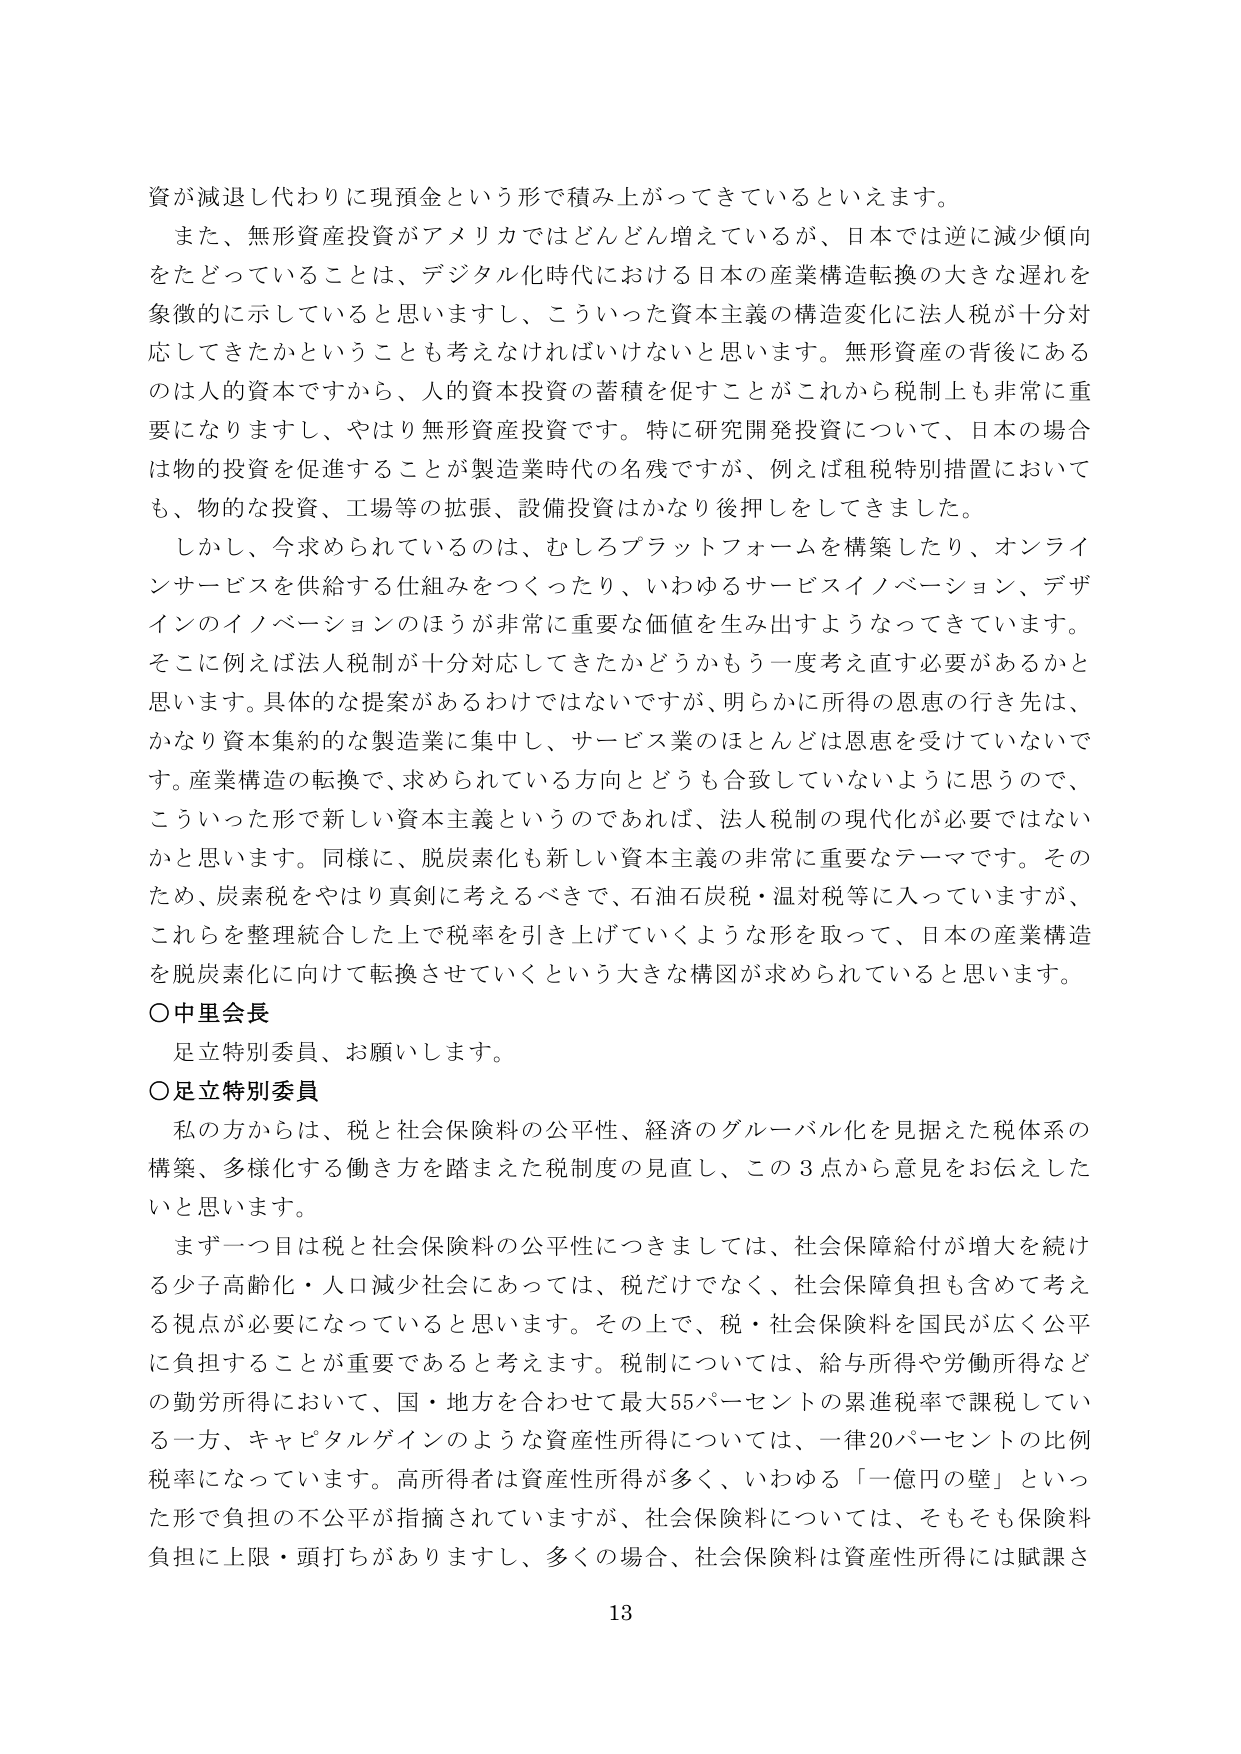
資が減退し代わりに現預金という形で積み上がってきてているといえます。

また、無形資産投資がアメリカではどんどん増えているが、日本では逆に減少傾向をたどっていることは、デジタル化時代における日本の産業構造転換の大きな遅れを象徴的に示していると思いますし、こういった資本主義の構造変化に法人税が十分対応してきたかということも考えなければならないと思います。無形資産の背後にあるのは人的資本ですから、人的資本投資の蓄積を促すことがこれから税制上も非常に重要になりますし、やはり無形資産投資です。特に研究開発投資について、日本の場合は物的投資を促進することが製造業時代の名残ですが、例えば租税特別措置においても、物的な投資、工場等の拡張、設備投資はかなり後押しをしてきました。

しかし、今求められているのは、むしろプラットフォームを構築したり、オンラインサービスを供給する仕組みをつくったり、いわゆるサービスイノベーション、デザインのイノベーションのほうが非常に重要な価値を生み出すようになってきています。そこに例えば法人税制が十分対応してきたかどうかもう一度考え直す必要があるかと思います。具体的な提案があるわけではありませんが、明らかに所得の恩恵の行き先は、かなり資本集約的な製造業に集中し、サービス業のほとんどは恩恵を受けていないです。産業構造の転換で、求められている方向とどうも合致していないように思うので、こういった形で新しい資本主義というのであれば、法人税制の現代化が必要ではないかと思います。同様に、脱炭素化も新しい資本主義の非常に重要なテーマです。そのため、炭素税をやはり真剣に考えるべきで、石油石炭税・温対税等に入っていますが、これらを整理統合した上で税率を引き上げていくような形を取って、日本の産業構造を脱炭素化に向けて転換させていくという大きな構図が求められていると思います。

○中里会長
足立特別委員、お願いします。

○足立特別委員
私の方からは、税と社会保険料の公平性、経済のグローバル化を見据えた税体系の構築、多様化する働き方を踏まえた税制度の見直し、この3点から意見をお伝えしたいと思います。

まず一つ目は税と社会保険料の公平性につきましては、社会保障給付が増大を続ける少子高齢化・人口減少社会にあっては、税だけでなく、社会保障負担も含めて考える視点が必要になっていると思います。その上で、税・社会保険料を国民が広く公平に負担することが重要であると考えます。税制については、給与所得や労働所得などの勤労所得において、国・地方を合わせて最大55パーセントの累進税率で課税している一方、キャピタルゲインのような資産性所得については、一律20パーセントの比例税率になっています。高所得者は資産性所得が多く、いわゆる「一億円の壁」といった形で負担の不公平が指摘されていますが、社会保険料については、そもそも保険料負担に上限・頭打ちがありますし、多くの場合、社会保険料は資産性所得には賦課さ

13